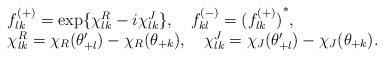
LaTeX: \begin{align*}\begin{array}{l}f^{(+)}_{lk}=\exp \{ \chi^{R}_{lk}-i\chi^{J}_{lk} \}, \quad f^{(-)}_{kl}={(f^{(+)}_{lk})}^{*},\\\chi^{R}_{lk}=\chi_{R}(\theta'_{+l})-\chi_{R}(\theta_{+k}),\quad\chi^{J}_{lk}=\chi_{J}(\theta'_{+l})-\chi_{J}(\theta_{+k}).\end{array}\end{align*}